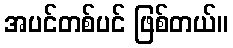
အပင်တစ်ပင် ဖြစ်တယ်။